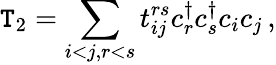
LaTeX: \mathtt{T}_{2}=\sum_{i<j,r<s}t_{ij}^{rs}c_{r}^{\dagger}c_{s}^{\dagger}c_{i}c_{j}\, ,